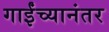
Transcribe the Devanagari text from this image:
गाईंच्यानंतर